Lunatic asylums in Bengal annual reports 1899-1911 - 1899-1911
Year: 1899
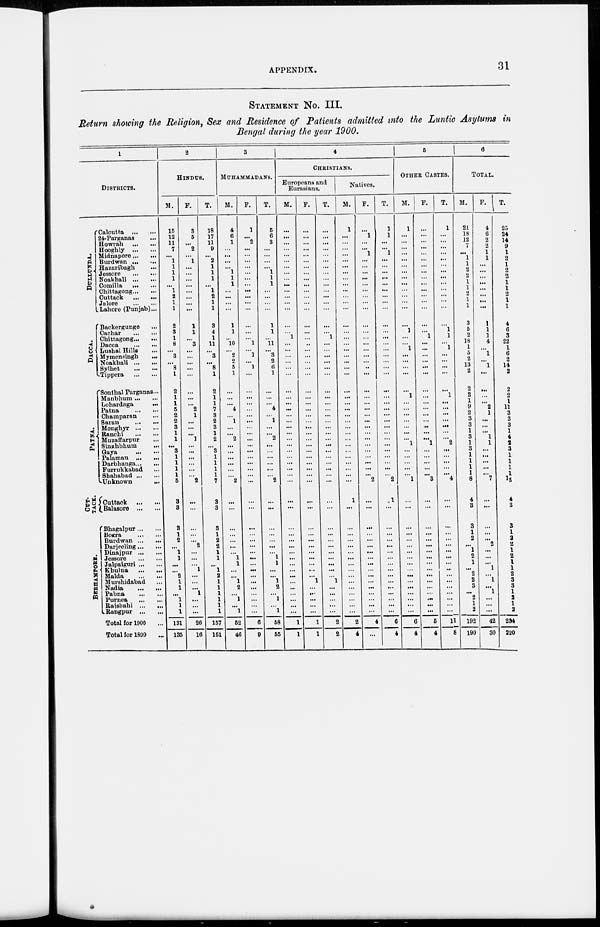
APPENDIX.
31
STATEMENT NO. III.
Return showing the Religion, Sex and Residence of Patients admitted into the Luntic Asylums in
Bengal during the year 1900.
1
DISTRICTS.
DULLUNDA.
DACCA.
PATNA.
CUT-
----.
BERHAMPORE.
Calcutta
...
...
24-Parganas ...
Howrah
...
...
Hooghly
...
...
Midnapore ... ...
Burdwan ...
...
Hazaribagh ...
Jessore
...
...
Noakhali ... ...
Comilla
...
...
Chittagong ... ...
Cuttack
...
...
Jalore
...
...
Lahore (Punjab)...
Backergunge ...
Cachar
...
...
Chittagong ... ...
Dacca
...
...
Lushai Hills ...
Mymensingh ...
Noakhali ... ...
Sylhet
...
...
Tippera
...
...
Sonthal Parganas...
Manbhum ... ...
Lohardaga ...
Patna
...
...
Champaran ...
Saran
...
...
Monghyr ... ...
Ranchi
...
...
Muzaffarpur ...
Singhbhum ...
Gaya
...
...
Palamau
...
...
Darbhanga ... ...
Furrukkabad ...
Shahabad ... ...
Unknown
...
Cuttack
...
...
Balasore
...
...
Bhagalpur ... ...
Bogra
...
...
Burdwan ... ...
Darjeeling... ...
Dinajpur ... ...
Jessore
...
...
Jalpaiguri ... ...
Khulna
...
...
Malda
...
...
Murshidabad ...
Nadia
...
...
Pabna
...
...
Purnea
...
...
Rajshahi
...
...
Rangpur
...
...
Total for 1900 ...
Total for 1899 ...
2
HINDUS.
M.
15
12
11
7
...
1
1
1
1
...
1
2
1
1
2
3
1
8
...
3
...
8
1
2
1
1
5
2
2
3
1
1
...
3
1
1
1
1
5
3
3
3
1
2
...
1
1
...
...
2
1
1
...
1
1
1
131
135
F.
3
5
...
2
...
1
...
...
...
...
...
...
...
...
1
1
...
3
...
...
...
...
...
...
...
...
2
1
...
...
...
1
...
...
...
...
...
...
2
...
...
...
...
...
2
...
...
...
1
...
...
...
1
...
...
...
26
16
T.
18
17
11
9
...
2
1
1
1
...
1
2
1
1
3
4
1
11
...
3
...
8
1
2
1
1
7
3
2
3
1
2
...
3
1
1
1
1
7
3
3
3
1
2
2
1
1
...
1
2
1
1
1
1
1
1
157
151
3
MUHAMMADANS.
M.
4
6
1
...
...
...
...
1
1
1
...
...
...
...
1
1
...
10
...
2
2
5
1
...
...
...
4
...
1
...
...
2
...
...
...
...
...
...
2
...
...
...
...
...
...
...
1
1
...
...
1
2
...
1
...
1
52
46
F.
1
...
2
...
...
...
...
...
...
...
...
...
...
...
...
...
...
1
...
1
...
1
...
...
...
...
...
...
...
...
...
...
...
...
...
...
...
...
...
...
...
...
...
...
...
...
...
...
...
...
...
...
...
...
...
...
6
9
T.
5
6
3
...
...
...
...
1
1
1
...
...
...
...
1
1
...
11
...
3
2
6
1
...
...
...
4
...
1
...
...
2
...
...
...
...
...
...
2
...
...
...
...
...
...
...
1
1
...
...
1
2
...
1
...
1
58
55
4
CHRISTIANS.
Europeans and
Eurasians.
M.
...
...
...
...
...
...
...
...
...
...
...
...
...
...
...
...
1
...
...
...
...
...
...
...
...
...
...
...
...
...
...
...
...
...
...
...
...
...
...
...
...
...
...
...
...
...
...
...
...
...
...
...
...
...
...
...
1
1
F.
...
...
...
...
...
...
...
...
...
...
...
...
...
...
...
...
...
..
...
...
...
...
...
...
...
...
...
...
...
...
...
...
...
...
...
...
...
...
...
...
...
...
...
...
...
...
...
...
...
...
1
...
...
...
...
...
1
1
T.
...
...
...
...
...
...
...
...
...
...
...
...
...
...
...
...
1
...
...
...
...
...
...
...
...
...
...
...
...
...
...
...
...
...
...
...
...
...
...
...
...
...
...
...
...
...
...
...
...
...
1
...
...
...
...
...
2
2
Natives.
M.
1
...
...
...
...
...
...
...
...
...
...
...
...
...
...
...
...
...
...
...
...
...
...
...
...
...
...
...
...
...
...
...
...
...
...
...
...
...
...
1
...
...
...
...
...
...
...
...
...
...
...
...
...
...
...
...
2
4
F.
...
1
...
...
1
...
...
...
...
...
...
...
...
...
...
...
...
...
...
...
...
...
...
...
...
...
...
...
...
...
...
...
...
...
...
...
...
...
2
...
...
...
...
...
...
...
...
...
...
...
...
...
...
...
...
...
4
...
T.
1
1
...
...
1
...
...
...
...
...
...
...
...
...
...
...
...
...
...
...
...
...
...
...
...
...
...
...
...
...
...
...
...
...
...
...
...
...
2
1
...
...
...
...
...
...
...
...
...
...
...
...
...
...
...
...
6
4
5
OTHER CASTES.
M.
1
...
...
...
...
...
...
...
...
...
...
...
...
...
...
l
...
...
1
...
...
...
...
...
l
...
...
...
...
...
...
...
1
...
...
...
...
...
1
...
...
...
...
...
...
...
...
...
...
...
...
...
...
...
...
...
6
4
F.
...
...
...
...
...
...
...
...
...
...
...
...
...
...
...
...
1
...
...
...
...
...
...
...
...
...
...
...
...
...
...
...
1
...
...
...
...
...
3
...
...
...
...
...
...
...
...
...
...
...
...
...
...
...
...
...
5
4
T.
1
...
...
...
...
...
...
...
...
...
...
...
...
...
...
l
1
...
1
...
...
...
...
...
1
...
...
...
...
...
...
...
2
...
...
...
...
...
4
...
...
...
...
...
...
...
...
...
...
...
...
...
...
...
...
...
11
8
6
TOTAL.
M.
21
18
12
7
...
1
1
2
2
1
1
2
1
1
3
5
2
18
1
5
2
13
2
2
2
1
9
2
3
3
1
3
1
3
1
1
1
1
8
4
3
3
1
2
...
1
2
1
...
2
2
3
...
2
1
2
192
190
F.
4
6
2
2
1
1
...
...
...
...
...
...
...
...
1
1
1
4
...
1
...
1
...
...
...
...
2
1
...
...
...
1
1
...
...
...
...
...
7
...
...
...
...
...
2
...
...
...
1
...
1
...
1
...
...
...
42
30
T.
25
24
14
9
1
2
1
2
2
1
1
2
1
1
4
6
3
22
1
6
2
14
2
2
2
1
11
3
3
3
1
4
2
3
1
1
1
1
15
4
3
3
1
2
2
1
2
1
1
2
3
3
1
2 1
2
234
220